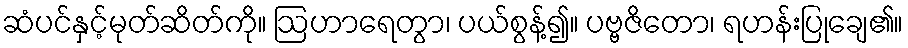
ဆံပင်နှင့်မုတ်ဆိတ်ကို။ ဩဟာရေတွာ၊ ပယ်စွန့်၍။ ပဗ္ဗဇိတော၊ ရဟန်းပြုချေ၏။